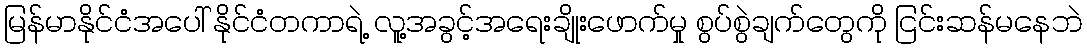
မြန်မာနိုင်ငံအပေါ် နိုင်ငံတကာရဲ့ လူ့အခွင့်အရေးချိုးဖောက်မှု စွပ်စွဲချက်တွေကို ငြင်းဆန်မနေဘဲ